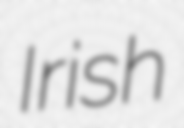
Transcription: Irish